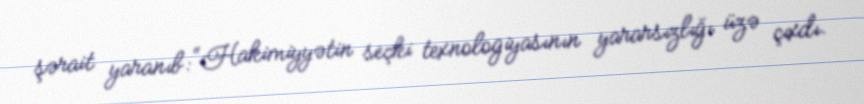
şərait yaranıb: “Hakimiyyətin seçki texnologiyasının yararsızlığı üzə çıxdı.